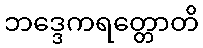
ဘဒ္ဒေကရတ္တောတိ